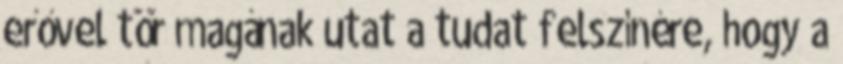
erővel tör magának utat a tudat felszínére, hogy a